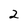
Character: 2